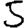
Digit: 5